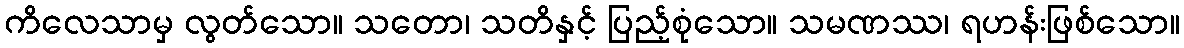
ကိလေသာမှ လွတ်သော။ သတော၊ သတိနှင့် ပြည့်စုံသော။ သမဏဿ၊ ရဟန်းဖြစ်သော။